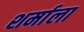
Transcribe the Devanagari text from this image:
शर्माला